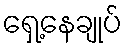
ရှေ့နေချုပ်